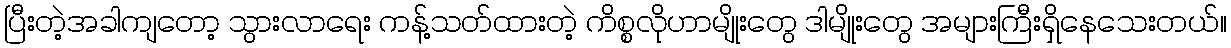
ပြီးတဲ့အခါကျတော့ သွားလာရေး ကန့်သတ်ထားတဲ့ ကိစ္စလိုဟာမျိုးတွေ ဒါမျိုးတွေ အများကြီးရှိနေသေးတယ်။